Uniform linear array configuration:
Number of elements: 24
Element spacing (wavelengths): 1
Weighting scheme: cosine
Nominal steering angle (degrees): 45
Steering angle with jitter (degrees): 45.833
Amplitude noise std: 0.05
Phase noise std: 0.05

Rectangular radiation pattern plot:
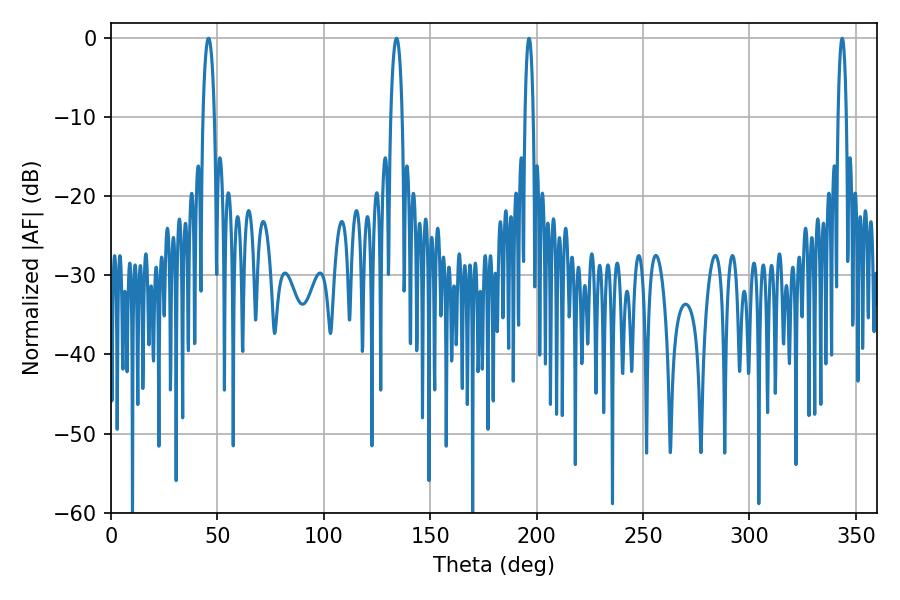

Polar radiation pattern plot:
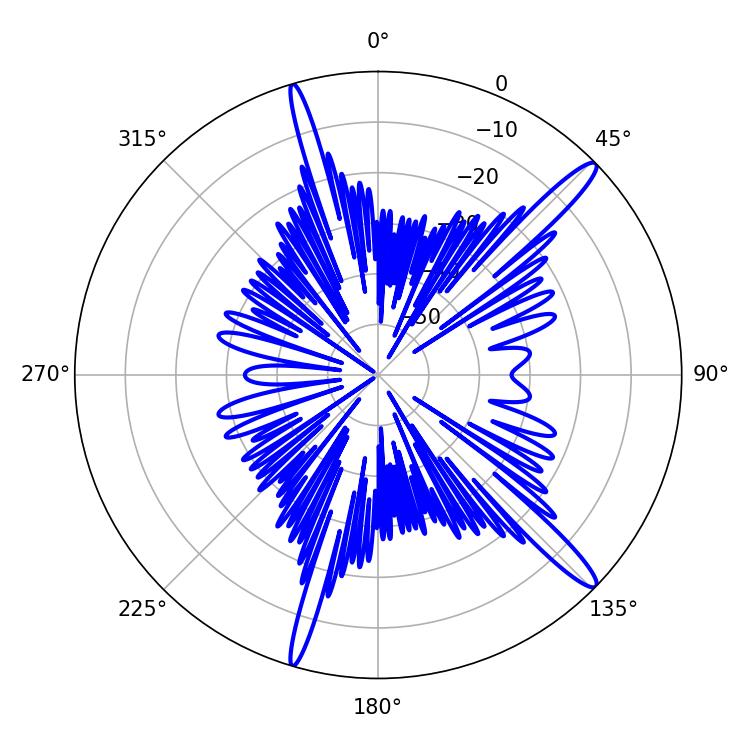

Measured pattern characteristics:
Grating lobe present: TRUE
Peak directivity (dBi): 15.096
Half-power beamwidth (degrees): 2.16
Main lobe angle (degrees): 196.38